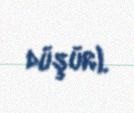
düşür).